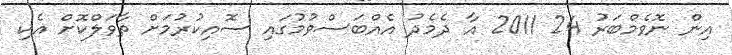
އިން ނޮވެމްބަރު 24 2011 އާ ދެމެދު އެއްބަސްވުމުގައި ސޮއިކުރުމަށް ތާވަލްކޮށް އެކި